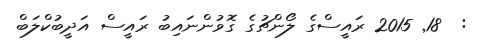
:  18